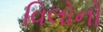
વિલોનો